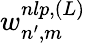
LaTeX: w_{n^{\prime},m}^{nlp,(L)}